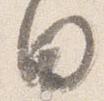
日